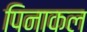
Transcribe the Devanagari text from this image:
पिनाकल